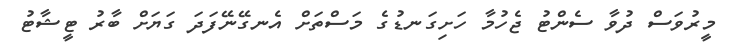
މީރުވަސް ދުވާ ސެންޓު ޖެހުމާ ހަށިގަނޑުގެ މަސްތަށް އެނގޭނޭފަދަ ގަޔަށް ބާރު ޓީޝާޓު